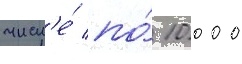
числ'е́ по́ 10 000